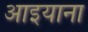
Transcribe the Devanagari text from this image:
आइयाना